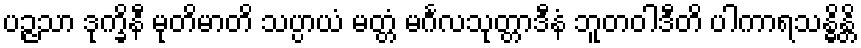
ပဉ္ဇသာ ဒုက္ခိနီ မုတိမာတိ သပ္ပာယံ မတ္တံ မင်္ဂလသုတ္တာဒီနံ ဘူတဝါဒီတိ ပါကာရသန္ဓိန္တိ